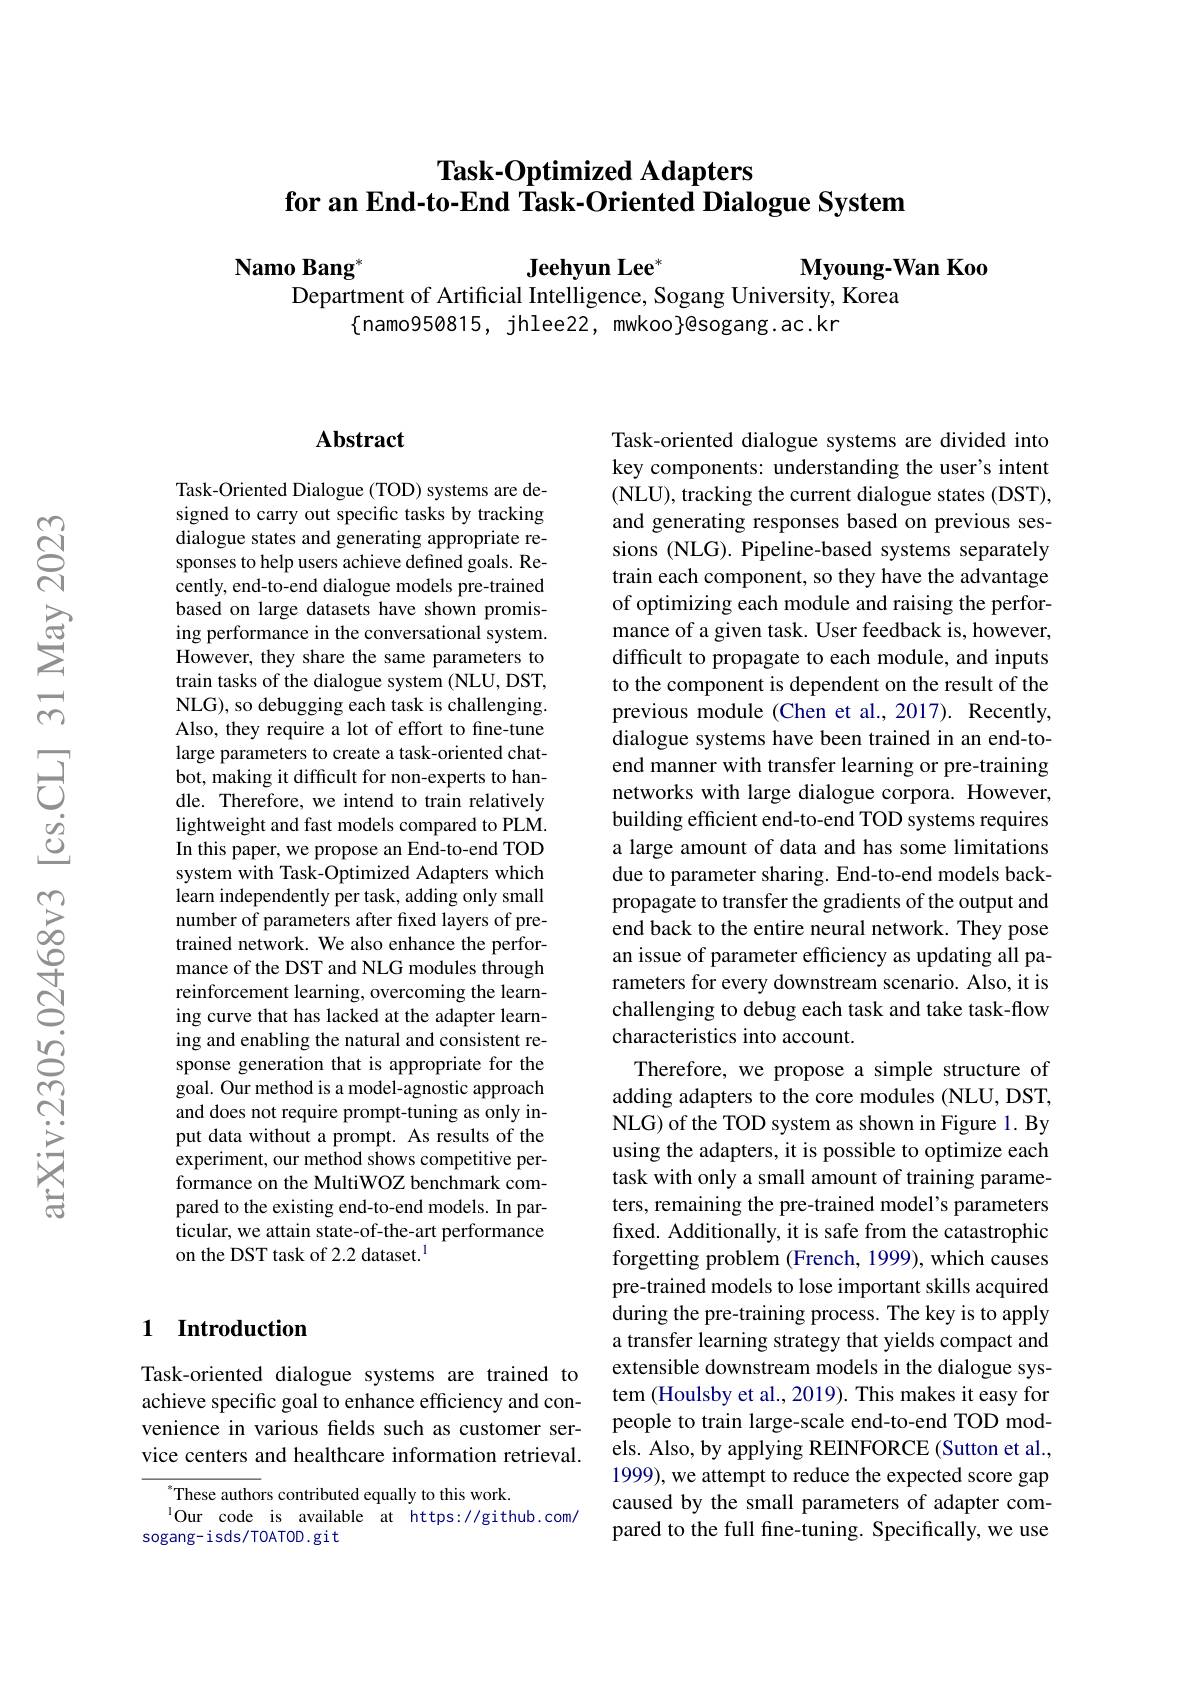
# $\textbf{Task- Optimized Adapters}$ for an End-to-End Task-Oriented Dialogue System

$\mathbf{Namo}\mathbf{Bang}^*$
$\textbf{Jeehyun Lee}^{*}$
$\textbf{Myoung- Wan Koo}$
Department of Artificial Intelligence, Sogang University, Korea
$\{$namo950815, jhlee22, mwkoo$\}$@sogang.ac.kr

### $\mathbf{Abstract}$

Task-Oriented Dialogue (TOD) systems are designed to carry out specific tasks by tracking dialogue states and generating appropriate responses to help users achieve defined goals. Recently, end-to-end dialogue models pre-trained based on large datasets have shown promising performance in the conversational system. However, they share the same parameters to train tasks of the dialogue system (NLU, DST, NLG), so debugging each task is challenging. Also, they require a lot of effort to fine-tune large parameters to create a task-oriented chatbot, making it difficult for non-experts to handle. Therefore, we intend to train relatively lightweight and fast models compared to PLM. In this paper, we propose an End-to-end TOD system with Task-Optimized Adapters which learn independently per task, adding only small number of parameters after fixed layers of pretrained network. We also enhance the performance of the DST and NLG modules through reinforcement learning, overcoming the learning curve that has lacked at the adapter learning and enabling the natural and consistent response generation that is appropriate for the goal. Our method is a model-agnostic approach and does not require prompt-tuning as only input data without a prompt. As results of the experiment, our method shows competitive performance on the MultiWOZ benchmark compared to the existing end-to-end models. In particular, we attain state-of-the-art performance on the DST task of 2.2 dataset.$^{1}$

## 1 Introduction

Task-oriented dialogue systems are trained to achieve specific goal to enhance efficiency and convenience in various felds such as customer service centers and healthcare information retrieval.

$^{*}$These authors contributed equally to this work.
$^{1}$Our code is available at https://github.com/
sogang- i sds/ TOATOD. git

Task-oriented dialogue systems are divided into key components: understanding the user's intent (NLU), tracking the current dialogue states (DST), and generating responses based on previous sessions (NLG). Pipeline-based systems separately train each component, so they have the advantage of optimizing each module and raising the performance of a given task. User feedback is, however, difficult to propagate to each module, and inputs to the component is dependent on the result of the previous module (Chen et al., 2017). Recently, dialogue systems have been trained in an end-toend manner with transfer learning or pre-training networks with large dialogue corpora. However, building efficient end-to-end TOD systems requires a large amount of data and has some limitations due to parameter sharing. End-to-end models backpropagate to transfer the gradients of the output and end back to the entire neural network. They pose an issue of parameter effciency as updating all parameters for every downstream scenario. Also, it is challenging to debug each task and take task-flow characteristics into account.
Therefore, we propose a simple structure of adding adapters to the core modules (NLU, DST, NLG) of the TOD system as shown in Figure 1. By using the adapters, it is possible to optimize each task with only a small amount of training parameters, remaining the pre-trained model's parameters fixed. Additionally, it is safe from the catastrophic forgetting problem (French, 1999), which causes pre-trained models to lose important skills acquired during the pre-training process. The key is to apply a transfer learning strategy that yields compact and extensible downstream models in the dialogue system (Houlsby et al., 2019). This makes it easy for people to train large-scale end-to-end TOD models. Also, by applying REINFORCE (Sutton et al., 1999), we attempt to reduce the expected score gap caused by the small parameters of adapter compared to the full fine-tuning. Specifically, we use